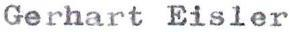
Gerhart Eisler